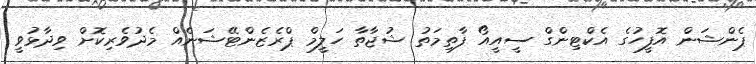
ޕެންޝަން އޮފީހުގެ އެކްޓިންގް ސީއީއޯ ފާތިމަތު ޝުޖާތާ ހަލީމް ޕްރެޒެންޓޭޝަނެއް މެދުވެރިކޮށް ވިދާޅުވީ